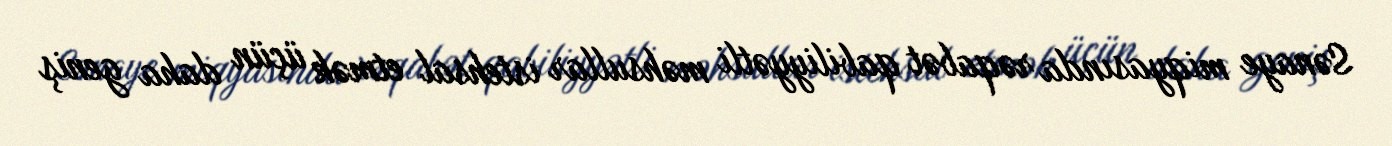
Sənaye miqyasında rəqabət qabiliyyətli məhsullar istehsal etmək üçün daha geniş